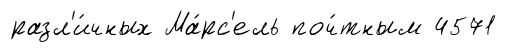
разл'и́чных Ма́рс'ель поч́тным 4571